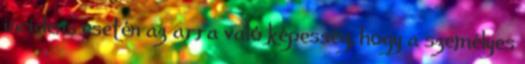
incidens esetén az arra való képesség, hogy a személyes